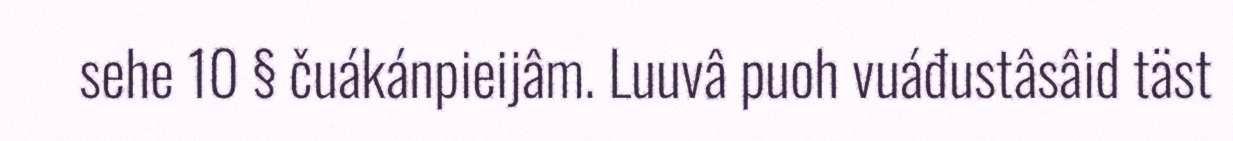
sehe 10 § čuákánpieijâm. Luuvâ puoh vuáđustâsâid täst